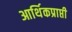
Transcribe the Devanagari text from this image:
आर्थिकप्राप्ती